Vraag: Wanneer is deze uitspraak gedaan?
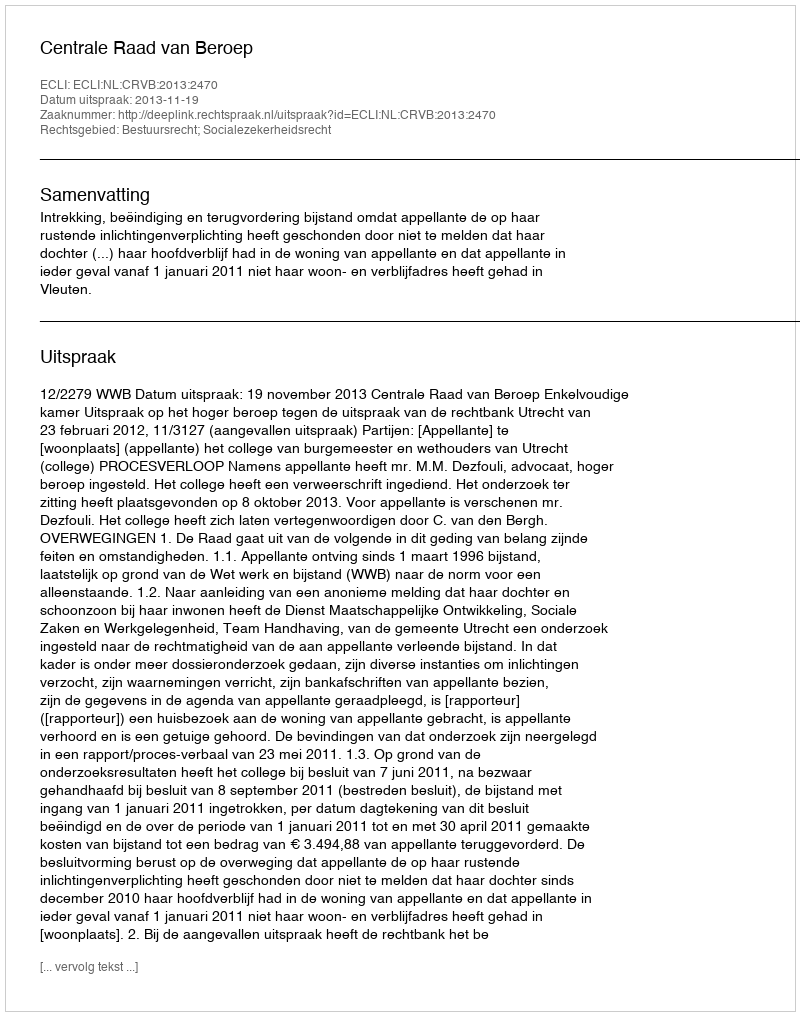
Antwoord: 2013-11-19